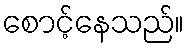
စောင့်နေသည်။